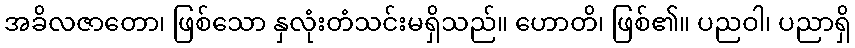
အခိလဇာတော၊ ဖြစ်သော နှလုံးတံသင်းမရှိသည်။ ဟောတိ၊ ဖြစ်၏။ ပညဝါ၊ ပညာရှိ